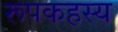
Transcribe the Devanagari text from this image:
रूपकहस्य